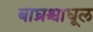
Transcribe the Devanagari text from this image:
बाघ्रश्चाधूल